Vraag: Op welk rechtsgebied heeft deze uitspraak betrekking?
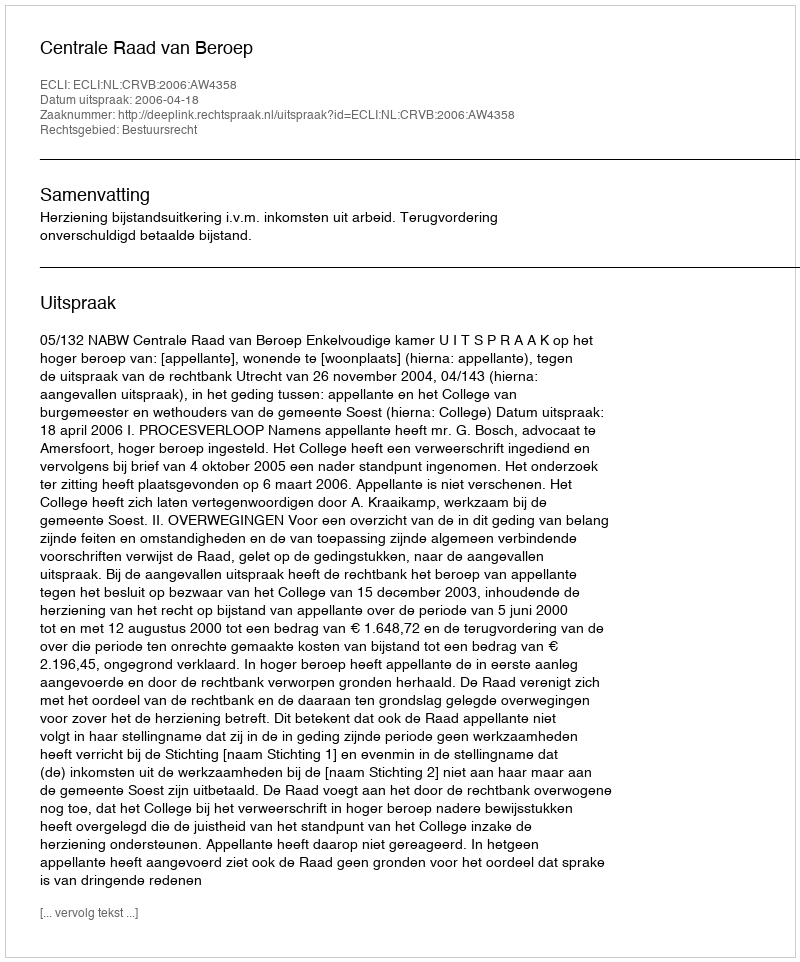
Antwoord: Bestuursrecht